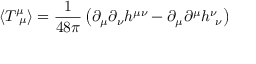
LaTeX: \langle T _ { \ \mu } ^ { \mu } \rangle = \frac { 1 } { 4 8 \pi } \left( \partial _ { \mu } \partial _ { \nu } h ^ { \mu \nu } - \partial _ { \mu } \partial ^ { \mu } h _ { \ \nu } ^ { \nu } \right)